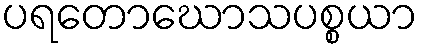
ပရတောဃောသပစ္စယာ